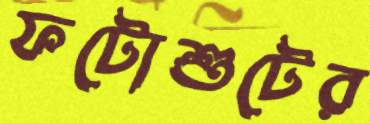
ফটোশুটের